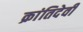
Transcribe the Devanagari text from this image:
क्रांतिदेवी